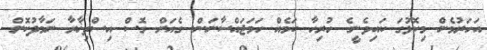
އަހަރުމެން މިކޮޅުގަ ކައިވެނީގެ ހުރިހާ ކަމެއް ހަމަޖައްސާނަން. ގެއަށް ގޮސް އިސްތިޚާރާ ނަމާދުކޮށް